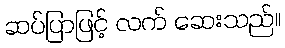
ဆပ်ပြာဖြင့် လက် ဆေးသည်။